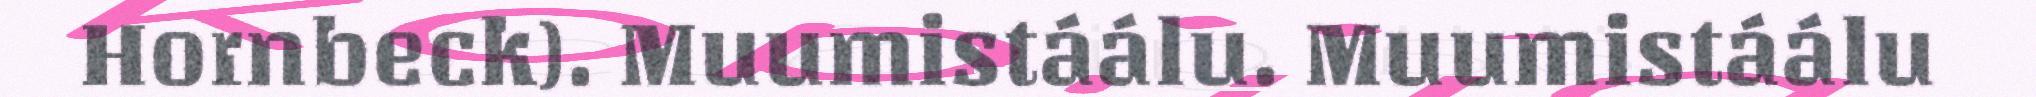
Hornbeck). Muumistáálu. Muumistáálu